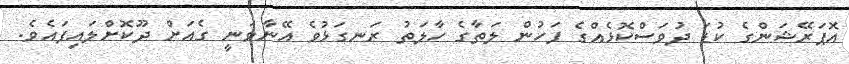
އޮޕަރޭޝަންގެ ކުޑަ ދުވަސްކޮޅެއްގެ ފަހުން ލަތާގެ ހާލަތު ރަނގަޅުވެ އޭނާވަނީ ގެއަށް ދޫކޮށްލައިފައެވެ.